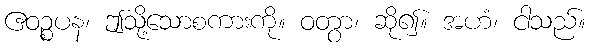
ဧဝဉ္စပန၊ ဤသို့သောစကားကို။ ဝတွာ၊ ဆို၍။ အဟံ၊ ငါသည်။